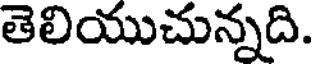
తెలియుచున్నది.